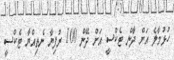
ހުޅުމާލެ އަށް ދާން ޓެކްސީ އަށް ދޭން 100 ރުފިޔާ ނެތިއްޔާ ޓެކްސީ